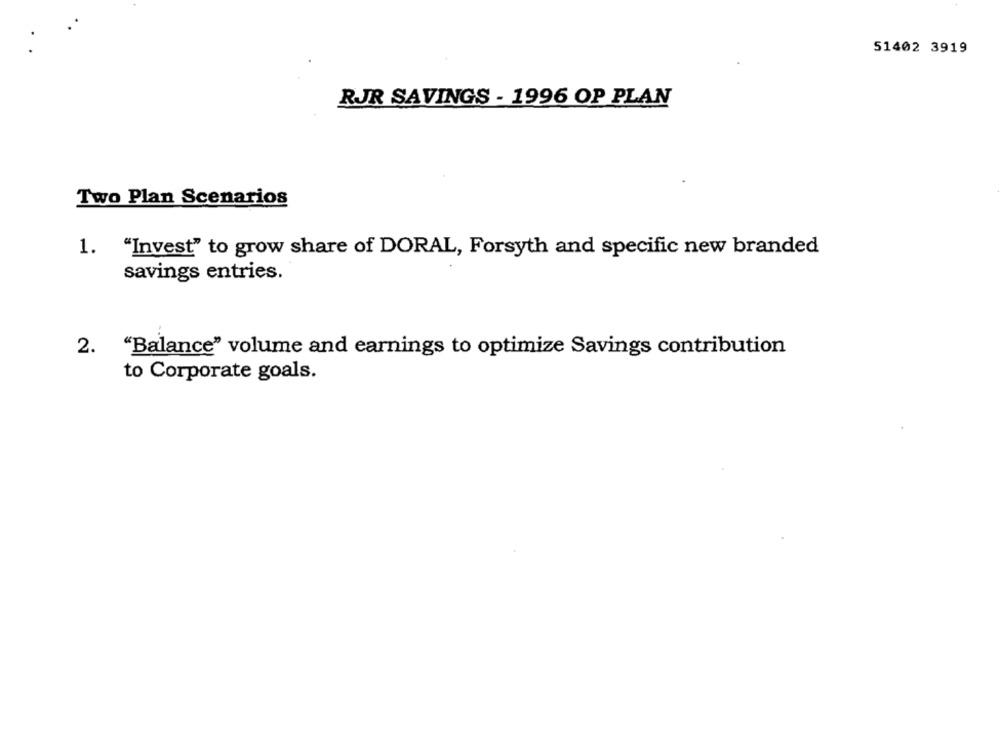
51402 3919
RJR SAVINGS - 1996 OP PLAN
Two Plan Scenarios
"Invest" to grow share of DORAL, Forsyth and specific new branded
1.
savings entries.
2. "Balance" volume and earnings to optimize Savings contribution
to Corporate goals.